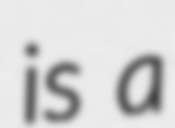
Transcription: is a